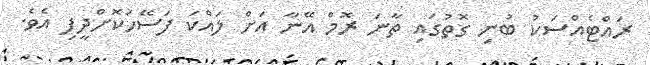
ރައްޓެއްސަކު ބުނި ގޮތުގައި ތާނަ ރޮމް އޭނާ އަށް ލައްކަ ފަސޭހަކޮށްދީފި އެވެ.